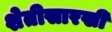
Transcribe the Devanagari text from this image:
शेतीसारखी